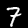
Digit: 7